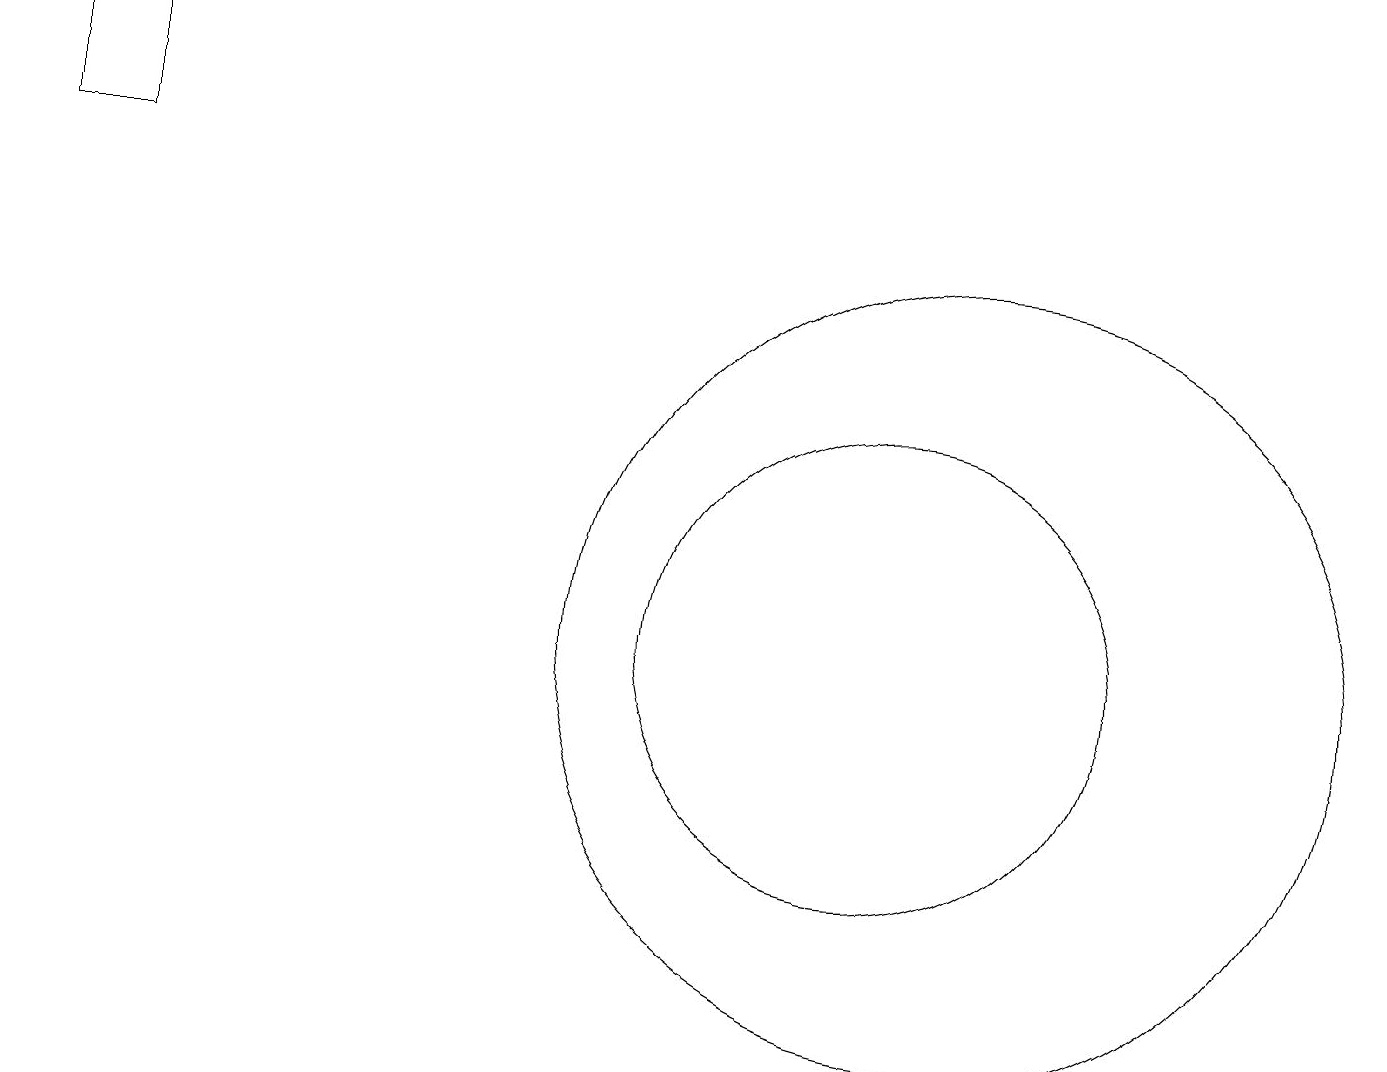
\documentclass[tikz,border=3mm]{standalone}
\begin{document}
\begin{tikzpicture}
\draw (1,16) rectangle (0,18);
\draw (12,10) circle (5);
\draw (11,10) circle (3);
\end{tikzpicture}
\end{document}